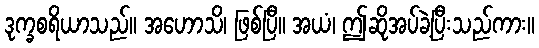
ဒုက္ခစရိယာသည်။ အဟောသိ၊ ဖြစ်ပြီ။ အယံ၊ ဤဆိုအပ်ခဲ့ပြီးသည်ကား။